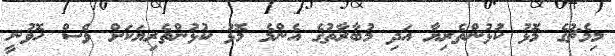
މިމެޗުގެ މޮޅު ކުޅުންތެރިޔާ އަދި މުބާރާތުގެ އެންމެ މޮޅު ކުޅުންތެރިޔަކަށް ވެސް ހޮވުނީ